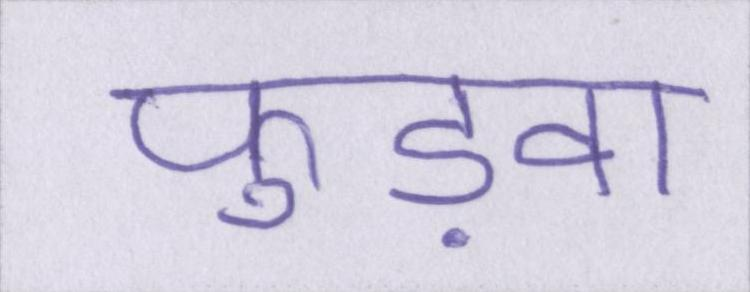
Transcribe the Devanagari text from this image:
फुड़वा